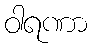
ဝါရဏာ